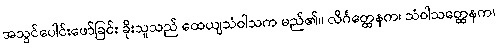
အသွင်ပေါင်းဖော်ခြင်း ခိုးသူသည် ထေယျသံဝါသက မည်၏။ လိင်္ဂတ္ထေနက၊ သံဝါသတ္ထေနက၊